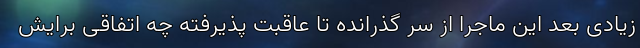
زیادی بعد این ماجرا از سر گذرانده تا عاقبت پذیرفته چه اتفاقی برایش